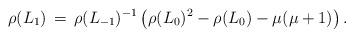
LaTeX: \begin{align*}\rho(L_1)\,=\, \rho(L_{-1})^{-1}\left( \rho(L_0)^2 -\rho(L_0)-\mu(\mu+1) \right).\end{align*}